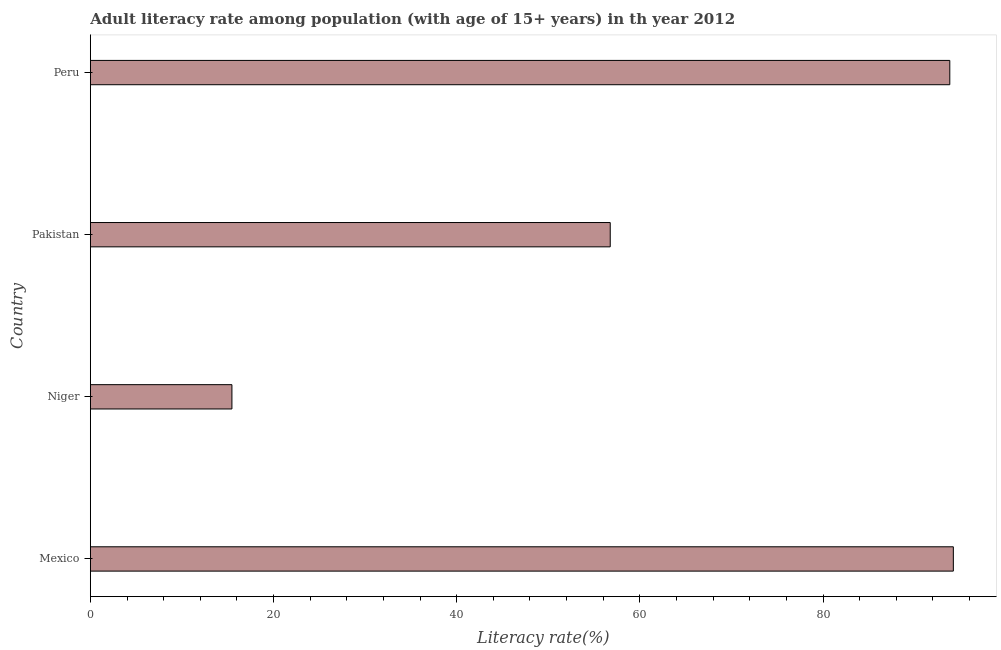
| Country | Adult literacy rate |
 | --- | --- |
 | Mexico | 94.2 |
 | Niger | 15.5 |
 | Pakistan | 56.8 |
 | Peru | 93.8 |